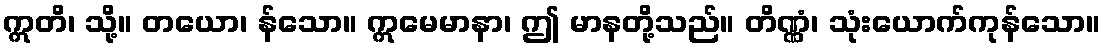
ဣတိ၊ သို့။ တယော၊ န်သော။ ဣမေမာနာ၊ ဤ မာနတို့သည်။ တိဏ္ဏံ၊ သုံးယောက်ကုန်သော။